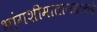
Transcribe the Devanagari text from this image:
भांगशीमातागडाकडे